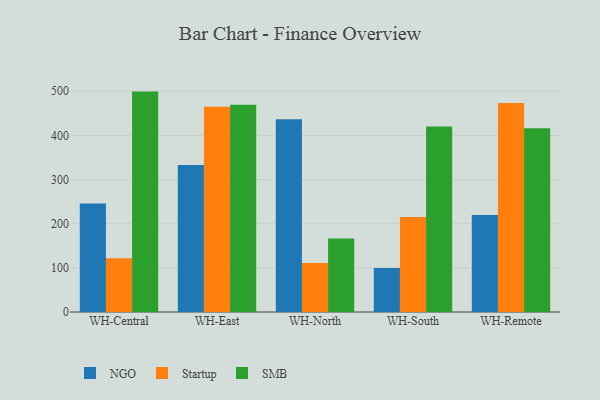
{"axis": {"x": "Warehouse", "y": "Conversion Rate (%)"}, "legend": ["NGO", "SMB", "Startup"], "data": [{"x": "WH-Central", "y": 245.6, "type": "NGO"}, {"x": "WH-Central", "y": 122.0, "type": "Startup"}, {"x": "WH-Central", "y": 499.2, "type": "SMB"}, {"x": "WH-East", "y": 333.0, "type": "NGO"}, {"x": "WH-East", "y": 465.1, "type": "Startup"}, {"x": "WH-East", "y": 469.6, "type": "SMB"}, {"x": "WH-North", "y": 436.3, "type": "NGO"}, {"x": "WH-North", "y": 110.9, "type": "Startup"}, {"x": "WH-North", "y": 166.7, "type": "SMB"}, {"x": "WH-South", "y": 99.6, "type": "NGO"}, {"x": "WH-South", "y": 214.9, "type": "Startup"}, {"x": "WH-South", "y": 420.4, "type": "SMB"}, {"x": "WH-Remote", "y": 219.5, "type": "NGO"}, {"x": "WH-Remote", "y": 473.3, "type": "Startup"}, {"x": "WH-Remote", "y": 416.3, "type": "SMB"}]}